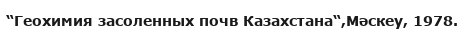
“Геохимия засоленных почв Казахстана“,Мәскеу, 1978.